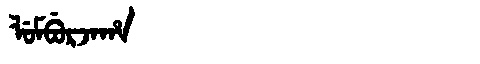
Manchu: ᠯᡠᠮᠪᡠᡵᠵᠠᡥᠠ
Romanization: LUMBURJAHA